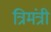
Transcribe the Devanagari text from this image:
त्रिमंत्री